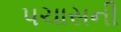
પચાસની